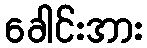
ခေါင်းအား